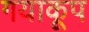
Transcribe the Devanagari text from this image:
गयाकूप